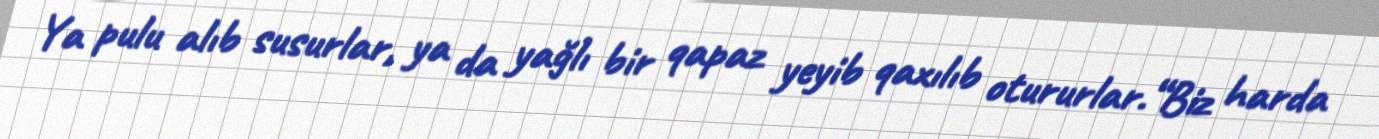
Ya pulu alıb susurlar, ya da yağlı bir qapaz yeyib qaxılıb otururlar.“Biz harda